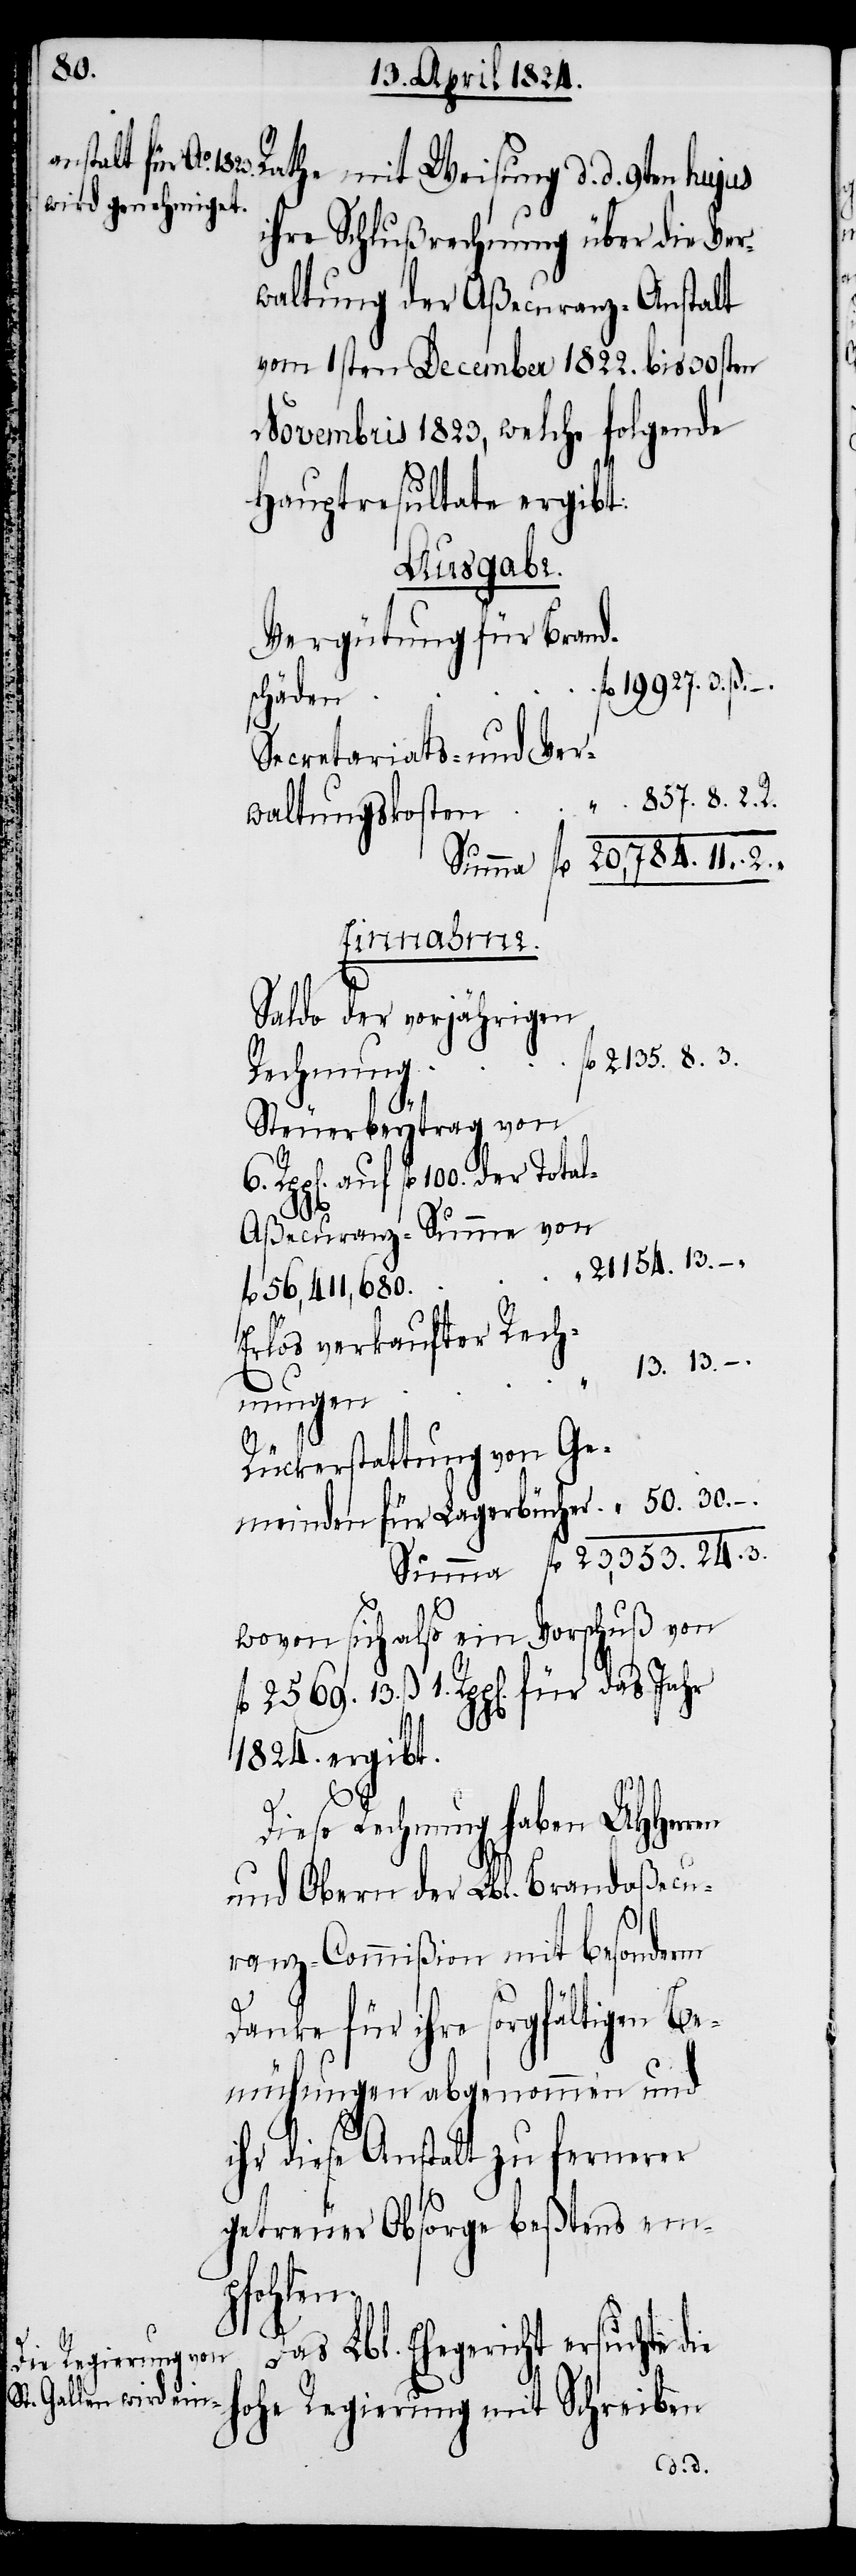
30.
Rathe mit Weisung d. d. 9ten hujus
ihre Schlußrechnung über die Ver¬
waltung der Aßecuranz-Anstalt
vom 1sten December 1822. bis 30sten
Novembris 1823, welche folgende
Hauptresultate ergibt:
Ausgabe.
Vergütung für Brand¬
schäden
Secretariats- und Ver¬
857. 8. 2. R.
waltungskosten	“
Summa fl. 20'784. 11. “
ß.
Saldo der vorjährigen
fl. 2135. 8. 3.
Rechnung
Steuerbeytrag von
1.
ßecuranz-Summe von
Erlös verkaufter Rech¬
“ 13. 13. –
nungen
24.
Rückerstattung von Ge¬
.
ie h¬
3.
wovon sich also ein Vorschuß von
1824. ergibt.
Diese Rechnung haben UHHerren
und Obern der Lbl. Brandaßecu¬
ranz-Commißion mit besonderm
Danke für ihre sorgfältigen Be¬
mühungen abgenommen und
ihr diese Anstalt zu fernerer
getreuer Absorge beßtens em¬
pfohlen.
Das Lbl. Ehegericht ersuchte d¬
ohe Regierung mit Schreiben
13 ß.